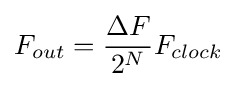
F_{out}={\frac {\Delta F}{2^{N}}}F_{clock}